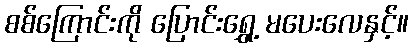
စစ်ကြောင်းကို ပြောင်းရွှေ့ မပေးလေနှင့်။